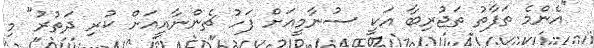
"އެންމެ ތަފާތު ތަޖުރިބާ އަކީ ސުނާމީއަށް ފަހު ޗެންނާއީއަށް ކުރި ދަތުރު" މި